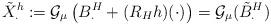
LaTeX: \begin{align*}\tilde{X}_\cdot^h:=\mathcal{G}_\mu\left(B_\cdot^H+(R_Hh)(\cdot)\right)=\mathcal{G}_\mu(\tilde{B}_\cdot^H)\end{align*}